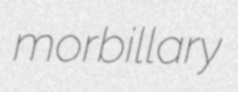
morbillary